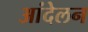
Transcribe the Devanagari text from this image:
आंदेलन